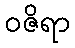
ဝဇိရာ